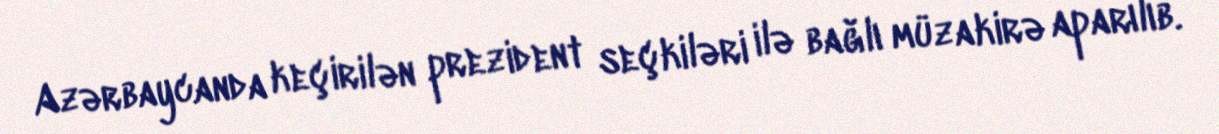
Azərbaycanda keçirilən prezident seçkiləri ilə bağlı müzakirə aparılıb.